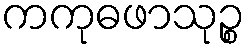
ကကုဓဖာသုဉ္စ